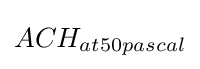
ACH_{at50pascal}\,\!